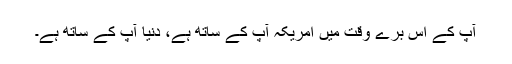
آپ کے اِس برے وقت میں امریکہ آپ کے ساتھ ہے، دنیا آپ کے ساتھ ہے۔